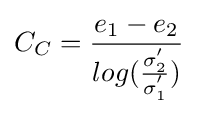
C_{C}={\frac {e_{1}-e_{2}}{log({\frac {\sigma _{2}^{'}}{\sigma _{1}^{'}}})}}